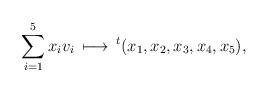
LaTeX: \begin{align*} \sum_{i=1}^5 x_i v_i \, \longmapsto \, {}^t(x_1,x_2,x_3,x_4,x_5),\end{align*}